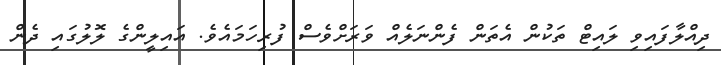
ދިއްލާފައިވި ލައިޓް ތަކުން އެތަން ފެންނަލެއް ވަރަށްވެސް ފުރިހަމައެވެ. އައިލީންގެ ލޮލުގައި ދެން